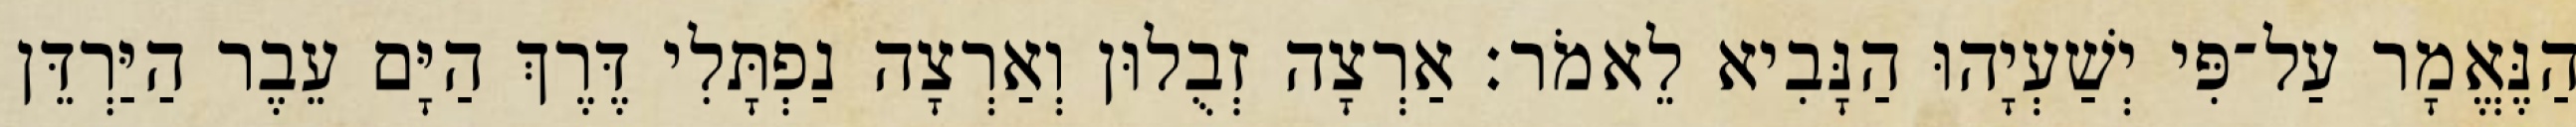
הַנֶּאֱמָר עַל־פִּי יְשַׁעְיָהוּ הַנָּבִיא לֵאמֹר׃ אַרְצָה זְבֻלוּן וְאַרְצָה נַפְתָּלִי דֶּרֶךְ הַיָּם עֵבֶר הַיַּרְדֵּן